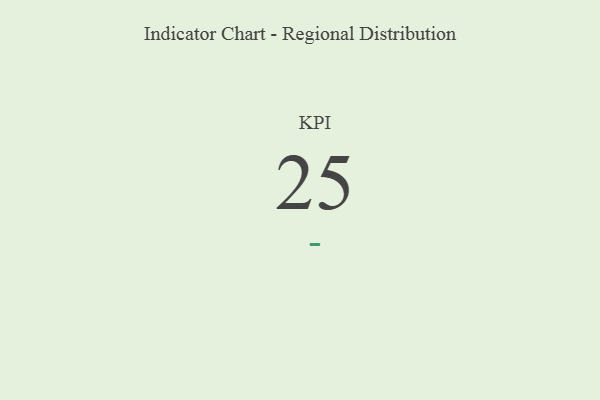
{"axis": {"x": "KPI", "y": "Value"}, "legend": [""], "data": [{"x": "KPI", "y": 25, "type": ""}]}